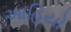
આહિયો